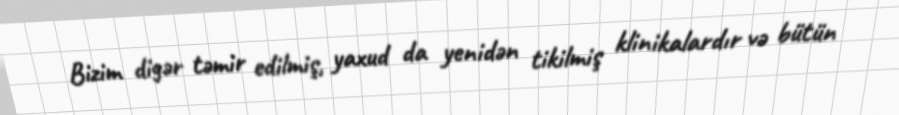
Bizim digər təmir edilmiş, yaxud da yenidən tikilmiş klinikalardır və bütün